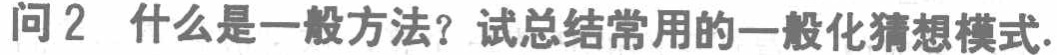
问2 什么是一般方法？试总结常用的一般化猜想模式.